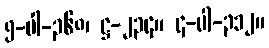
၅-ပါ-၃၆၈၊ ဋ္ဌ-၂၃၄။ ၄-ပါ-၃၁၂။